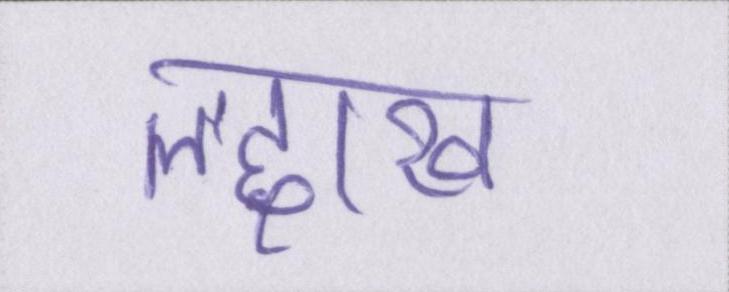
लद्दाख